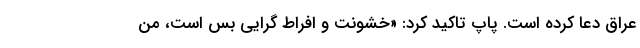
عراق دعا کرده است. پاپ تاکید کرد: «خشونت و افراط گرایی بس است، من